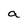
Character: a